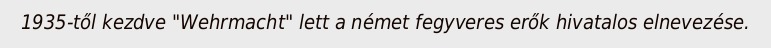
1935-től kezdve "Wehrmacht" lett a német fegyveres erők hivatalos elnevezése.